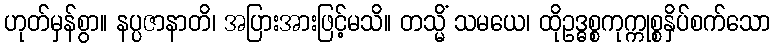
ဟုတ်မှန်စွာ။ နပ္ပဇာနာတိ၊ အပြားအားဖြင့်မသိ။ တသ္မိံ သမယေ၊ ထိုဥဒ္ဓစ္စကုက္ကုစ္စနှိပ်စက်သော